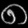
Digit: ၈